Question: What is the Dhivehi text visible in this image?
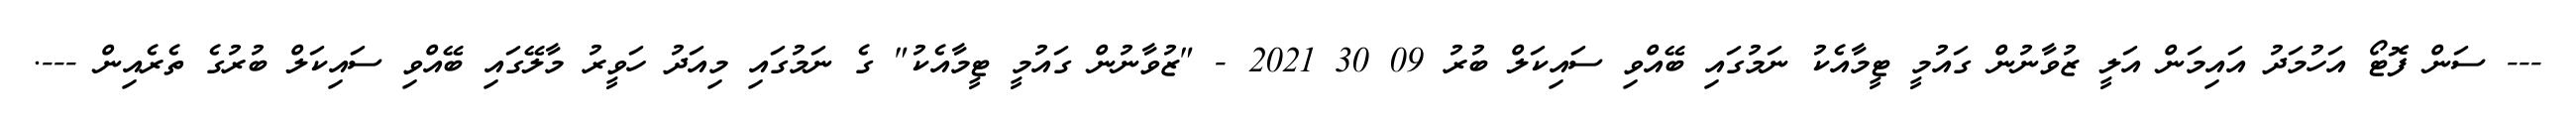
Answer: --- ސަން ފޮޓޯ އަހުމަދު އައިމަން އަލީ ޒުވާނުން ގައުމީ ޓީމާއެކު ނަމުގައި ބޭއްވި ސައިކަލް ބުރު 09 30 2021 - "ޒުވާނުން ގައުމީ ޓީމާއެކު" ގެ ނަމުގައި މިއަދު ހަވީރު މާލޭގައި ބޭއްވި ސައިކަލް ބުރުގެ ތެރެއިން ---.